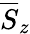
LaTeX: \overline{{S}}_{z}